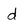
Character: d